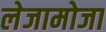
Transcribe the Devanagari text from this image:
लेजामोजा